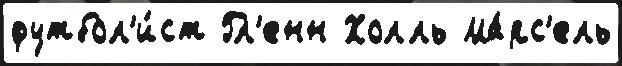
футбол'и́ст Гл'енн Холль Ма́рс'ель